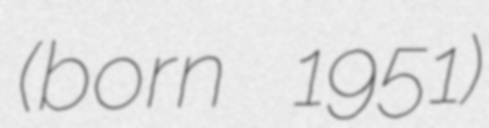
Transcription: (born 1951)